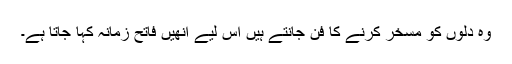
وہ دلوں کو مسخر کرنے کا فن جانتے ہیں اس لیے انھیں فاتح زمانہ کہا جاتا ہے۔